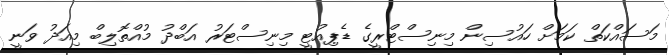
މަސައްކަތް ކަމަށް ހައުސިން މިނިސްޓްރީގެ ޑެޕިއުޓީ މިނިސްޓަރު އަބްދު މުއްތޮލިބް މިއަދު ވަނީ